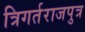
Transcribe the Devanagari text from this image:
त्रिगर्तराजपुत्र